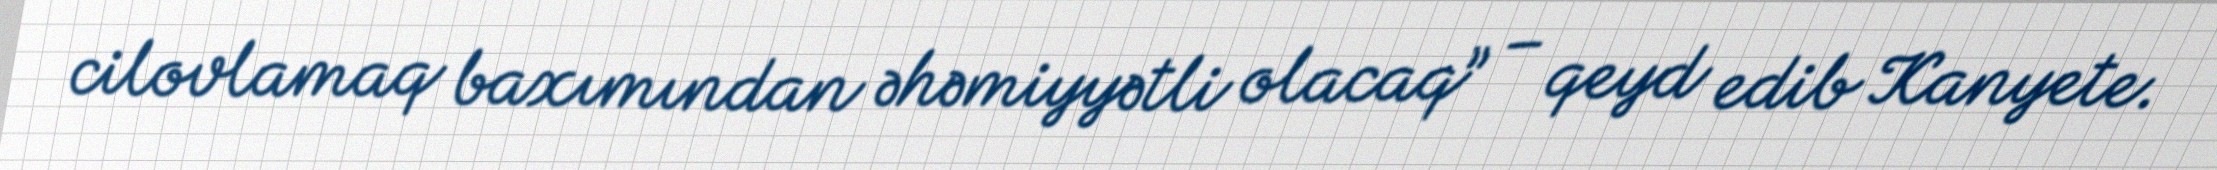
cilovlamaq baxımından əhəmiyyətli olacaq” – qeyd edib Kanyete.